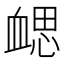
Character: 𧗂